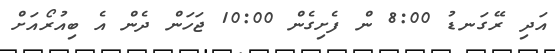
އަދި ރޭގަނޑު 8:00 ން ފެށިގެން 10:00 ޖަހަން ދެން އެ ބިއުރޯއަށް